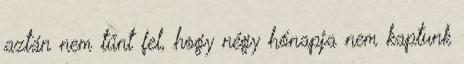
aztán nem tűnt fel, hogy négy hónapja nem kaptunk